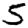
Digit: 5